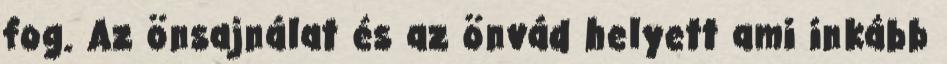
fog. Az önsajnálat és az önvád helyett ami inkább